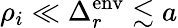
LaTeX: \rho_{i}\ll\Delta_{r}^{\mathrm{env}}\lesssim a